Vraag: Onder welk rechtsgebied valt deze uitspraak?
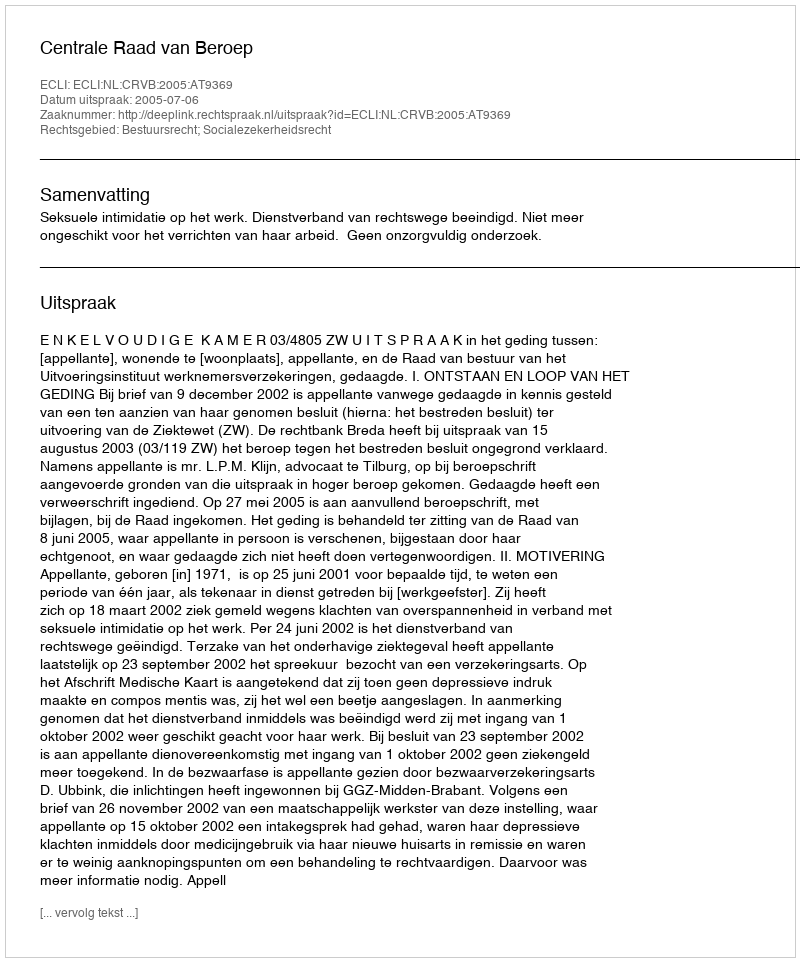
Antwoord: Bestuursrecht; Socialezekerheidsrecht